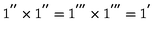
1 ^ { ' ^ { \prime } } \times 1 ^ { ' ^ { \prime } } = 1 ^ { ' ^ { \prime \prime } } \times 1 ^ { ' ^ { \prime \prime } } = 1 ^ { ' }